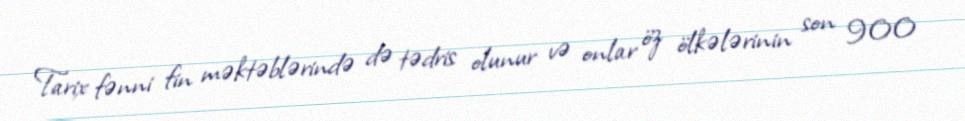
Tarix fənni fin məktəblərində də tədris olunur və onlar öz ölkələrinin son 900